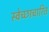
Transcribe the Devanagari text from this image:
स्वेच्छाचारित